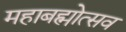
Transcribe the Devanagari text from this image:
महाबह्मोत्‍सव